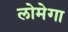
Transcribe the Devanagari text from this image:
लोमेगा